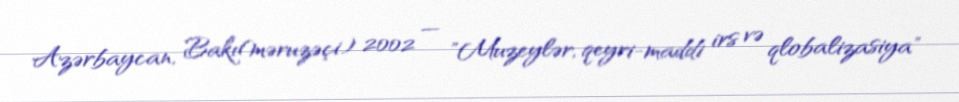
Azərbaycan, Bakı(məruzəçi) 2002 — "Muzeylər, qeyri-maddi irs və qlobalizasiya"